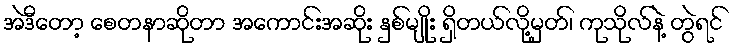
အဲဒီတော့ စေတနာဆိုတာ အကောင်းအဆိုး နှစ်မျိုး ရှိတယ်လို့မှတ်၊ ကုသိုလ်နဲ့ တွဲရင်